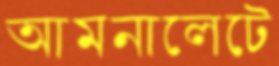
আমনালেটে